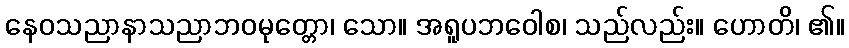
နေဝသညာနာသညာဘဝမုတ္တော၊ သော။ အရူပဘဝေါစ၊ သည်လည်း။ ဟောတိ၊ ၏။